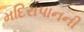
મદિરાપાનની